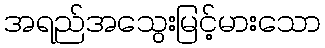
အရည်အသွေးမြင့်မားသော